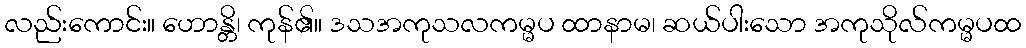
လည်းကောင်း။ ဟောန္တိ၊ ကုန်၏။ ဒသအကုသလကမ္မပ ထာနာမ၊ ဆယ်ပါးသော အကုသိုလ်ကမ္မပထ